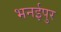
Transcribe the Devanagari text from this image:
भनईपुर